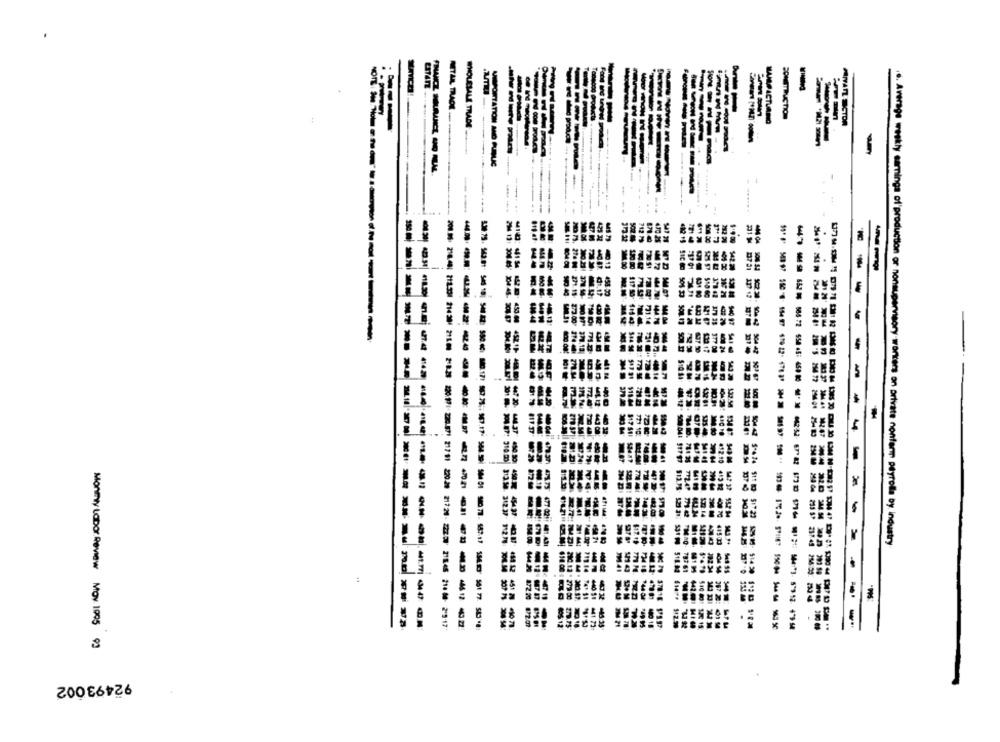
MITAL TRACKE ..
----
WHOLESALE TRADE
WAMP ACTLANG
PRIVATE SECTOR
--
MAPOITATION MO PUBLIC
MI
-----
4
... Average weekly earninga of'production or nonsupervisory woners on private nonfarm payrolla by industry
153
-
49
147.17 SMD3' 561
2-8.2 220971 220871 21781 220.20 21724-25 2186 21460 2117
872.20 172.31
--
------
Montiwy Labor Review May 1995 93
92493002